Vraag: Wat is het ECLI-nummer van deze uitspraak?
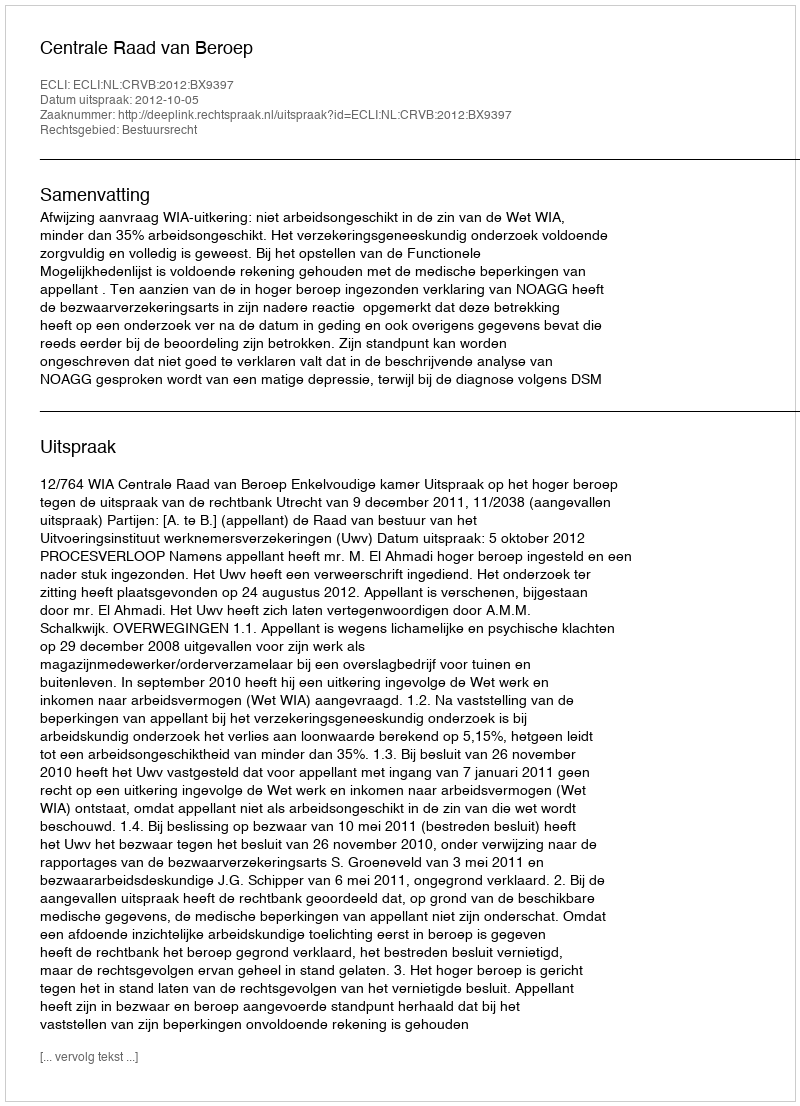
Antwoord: ECLI:NL:CRVB:2012:BX9397